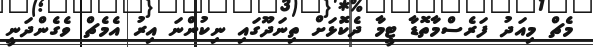
މެޗް މިއަދު ފަރެސްމާތޮޑާ ޓީމާ ދެކޮަޅަށް ތިނަދޫގައި ނިކުންނަ އިރު އެމެޗް ވެގެންދަނީ